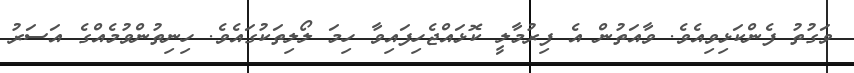
ވަގުތު ފެންކަޅިވިއެވެ. ވާއަތުން އެ ފިރުމާލީ ކޮޅައްޖެހިފައިވާ ހިމަ ލޯލިތަކުގައެވެ. ހިނިތުންވުމެއްގެ އަސަރު